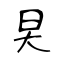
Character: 旲